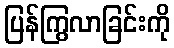
ပြန်ကြွလာခြင်းကို